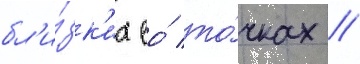
бл'и́зк'их ео́ то́чках //